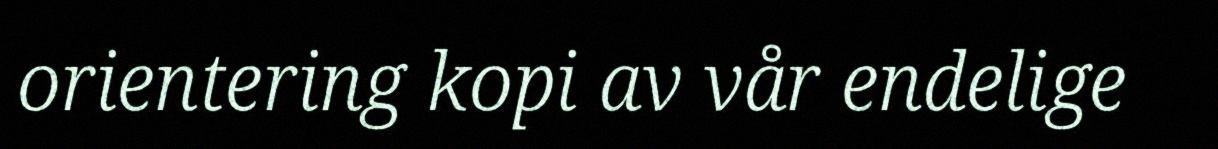
orientering kopi av vår endelige